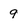
Character: 9